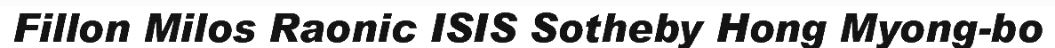
Fillon Milos Raonic ISIS Sotheby Hong Myong-bo